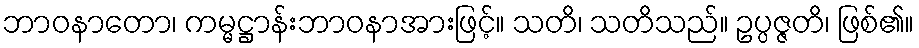
ဘာဝနာတော၊ ကမ္မဋ္ဌာန်းဘာဝနာအားဖြင့်။ သတိ၊ သတိသည်။ ဥပ္ပဇ္ဇတိ၊ ဖြစ်၏။